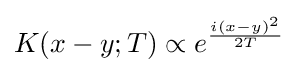
K(x-y;T)\propto e^{\frac {i(x-y)^{2}}{2T}}